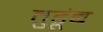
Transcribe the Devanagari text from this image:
तुडूंब